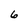
Character: 6